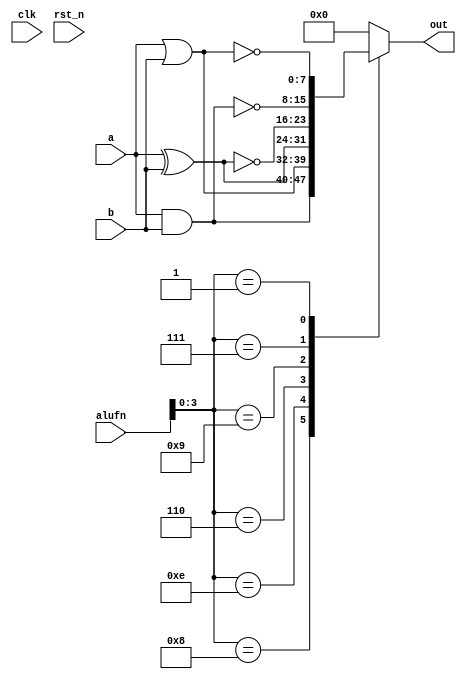
/*
   This file was generated automatically by the Mojo IDE version B1.3.6.
   Do not edit this file directly. Instead edit the original Lucid source.
   This is a temporary file and any changes made to it will be destroyed.
*/

module boolean_65 (
    input clk,
    input rst_n,
    input [5:0] alufn,
    input [7:0] a,
    input [7:0] b,
    output reg [7:0] out
  );
  
  
  
  always @* begin
    out = 8'h00;
    
    case (alufn[0+3-:4])
      4'h8: begin
        out = a & b;
      end
      4'he: begin
        out = a | b;
      end
      4'h6: begin
        out = a ^ b;
      end
      4'h9: begin
        out = ~(a ^ b);
      end
      4'h7: begin
        out = ~(a & b);
      end
      4'h1: begin
        out = ~(a | b);
      end
    endcase
  end
endmodule